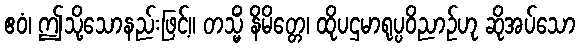
ဧဝံ၊ ဤသို့သောနည်းဖြင့်။ တသ္မိံ နိမိတ္တေ၊ ထိုပဌမာရုပ္ပဝိညာဉ်ဟု ဆိုအပ်သော